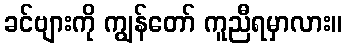
ခင်ဗျားကို ကျွန်တော် ကူညီရမှာလား။